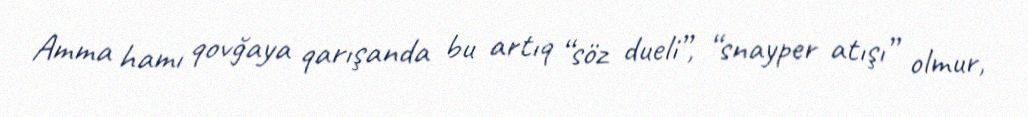
Amma hamı qovğaya qarışanda bu artıq “söz dueli”, “snayper atışı” olmur,